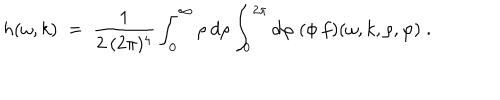
h ( \omega , k ) \; = \; \frac { 1 } { 2 \: ( 2 \pi ) ^ { 4 } } \int _ { 0 } ^ { \infty } \rho \: d \rho \int _ { 0 } ^ { 2 \pi } d \varphi \; ( \phi \: f ) ( \omega , k , \rho , \varphi ) \; .